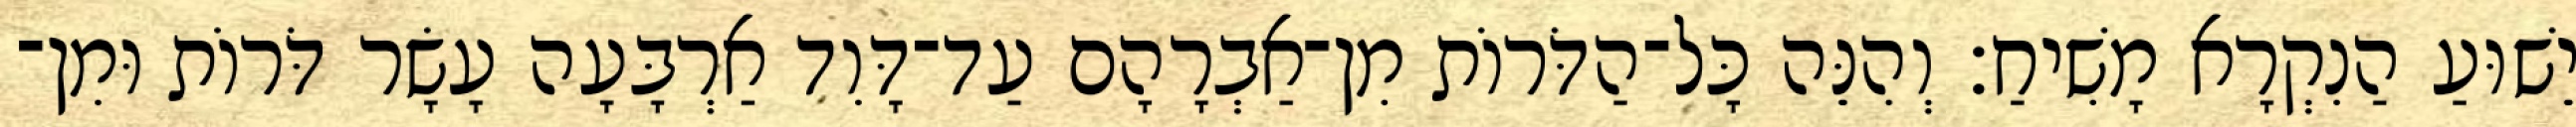
יֵשׁוּעַ הַנִקְרָא מָשִׁיחַ׃ וְהִנֵּה כָּל־הַדֹּרוֹת מִן־אַבְרָהָם עַד־דָּוִד אַרְבָּעָה עָשָׂר דֹּרוֹת וּמִן־